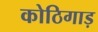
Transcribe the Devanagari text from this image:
कोठिगाड़